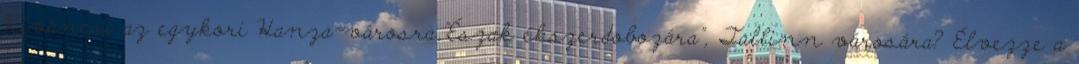
Kíváncsi az egykori Hanza-városra,"Észak ékszerdobozára", Tallinn városára? Élvezze a